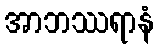
အာဘဿရာနံ